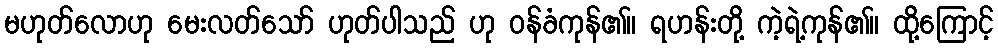
မဟုတ်လောဟု မေးလတ်သော် ဟုတ်ပါသည် ဟု ဝန်ခံကုန်၏။ ရဟန်းတို့ ကဲ့ရဲ့ကုန်၏။ ထို့ကြောင့်